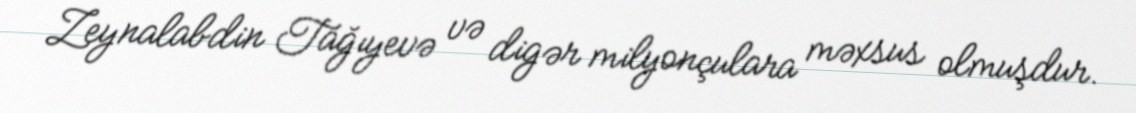
Zeynalabdin Tağıyevə və digər milyonçulara məxsus olmuşdur.